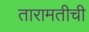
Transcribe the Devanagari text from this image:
तारामतीची